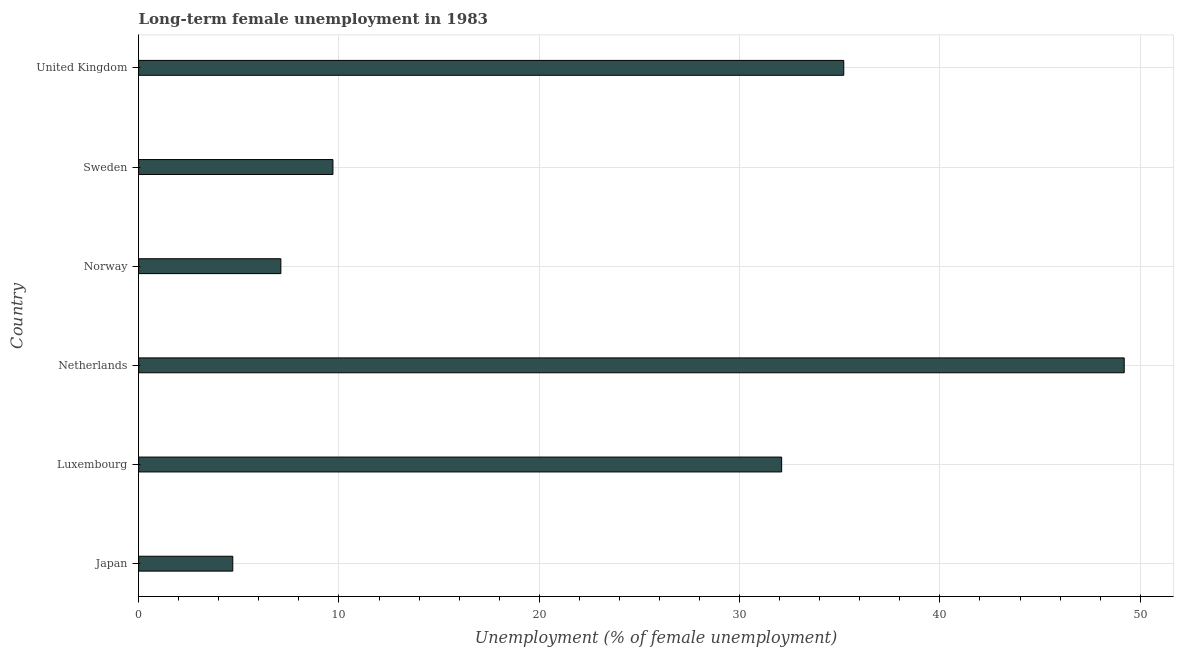
| Country | Long-term unemployment female |
 | --- | --- |
 | Japan | 4.7 |
 | Luxembourg | 32.1 |
 | Netherlands | 49.2 |
 | Norway | 7.1 |
 | Sweden | 9.7 |
 | United Kingdom | 35.2 |